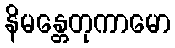
နိမန္တေတုကာမော